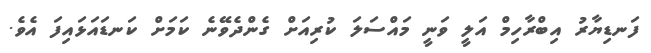
ފަނޑިޔާރު އިބްރާހިމް އަލީ ވަނީ މައްސަލަ ކުރިއަށް ގެންދެވޭނެ ކަމަށް ކަނޑައަޅައިފަ އެވެ.